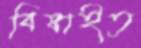
বিষাইত